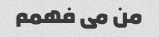
من می فهمم